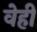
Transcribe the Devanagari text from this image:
वेही